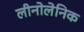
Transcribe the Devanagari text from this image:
लीनोलेनिक